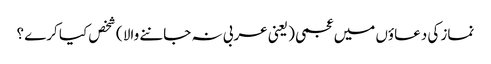
نماز کی دعاؤں میں عجمی ( یعنی عربی نہ جاننے والا ) شخص کیا کرے ؟